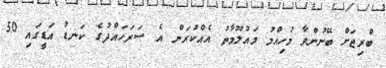
ބްރިޖަށް ބޭނުންވާ މުހިއްމު މައުލޫމާތު އެއްކުރަން އެ ސަރަހައްދުގެ ކަނޑު އަޑީގައި 50